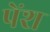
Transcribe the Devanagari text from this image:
पेंश